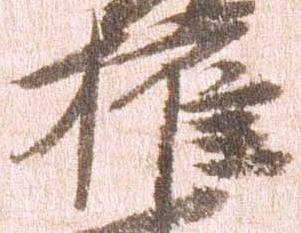
権